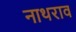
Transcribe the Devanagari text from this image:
नाथराव